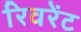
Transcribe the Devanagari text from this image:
रिवरेंट